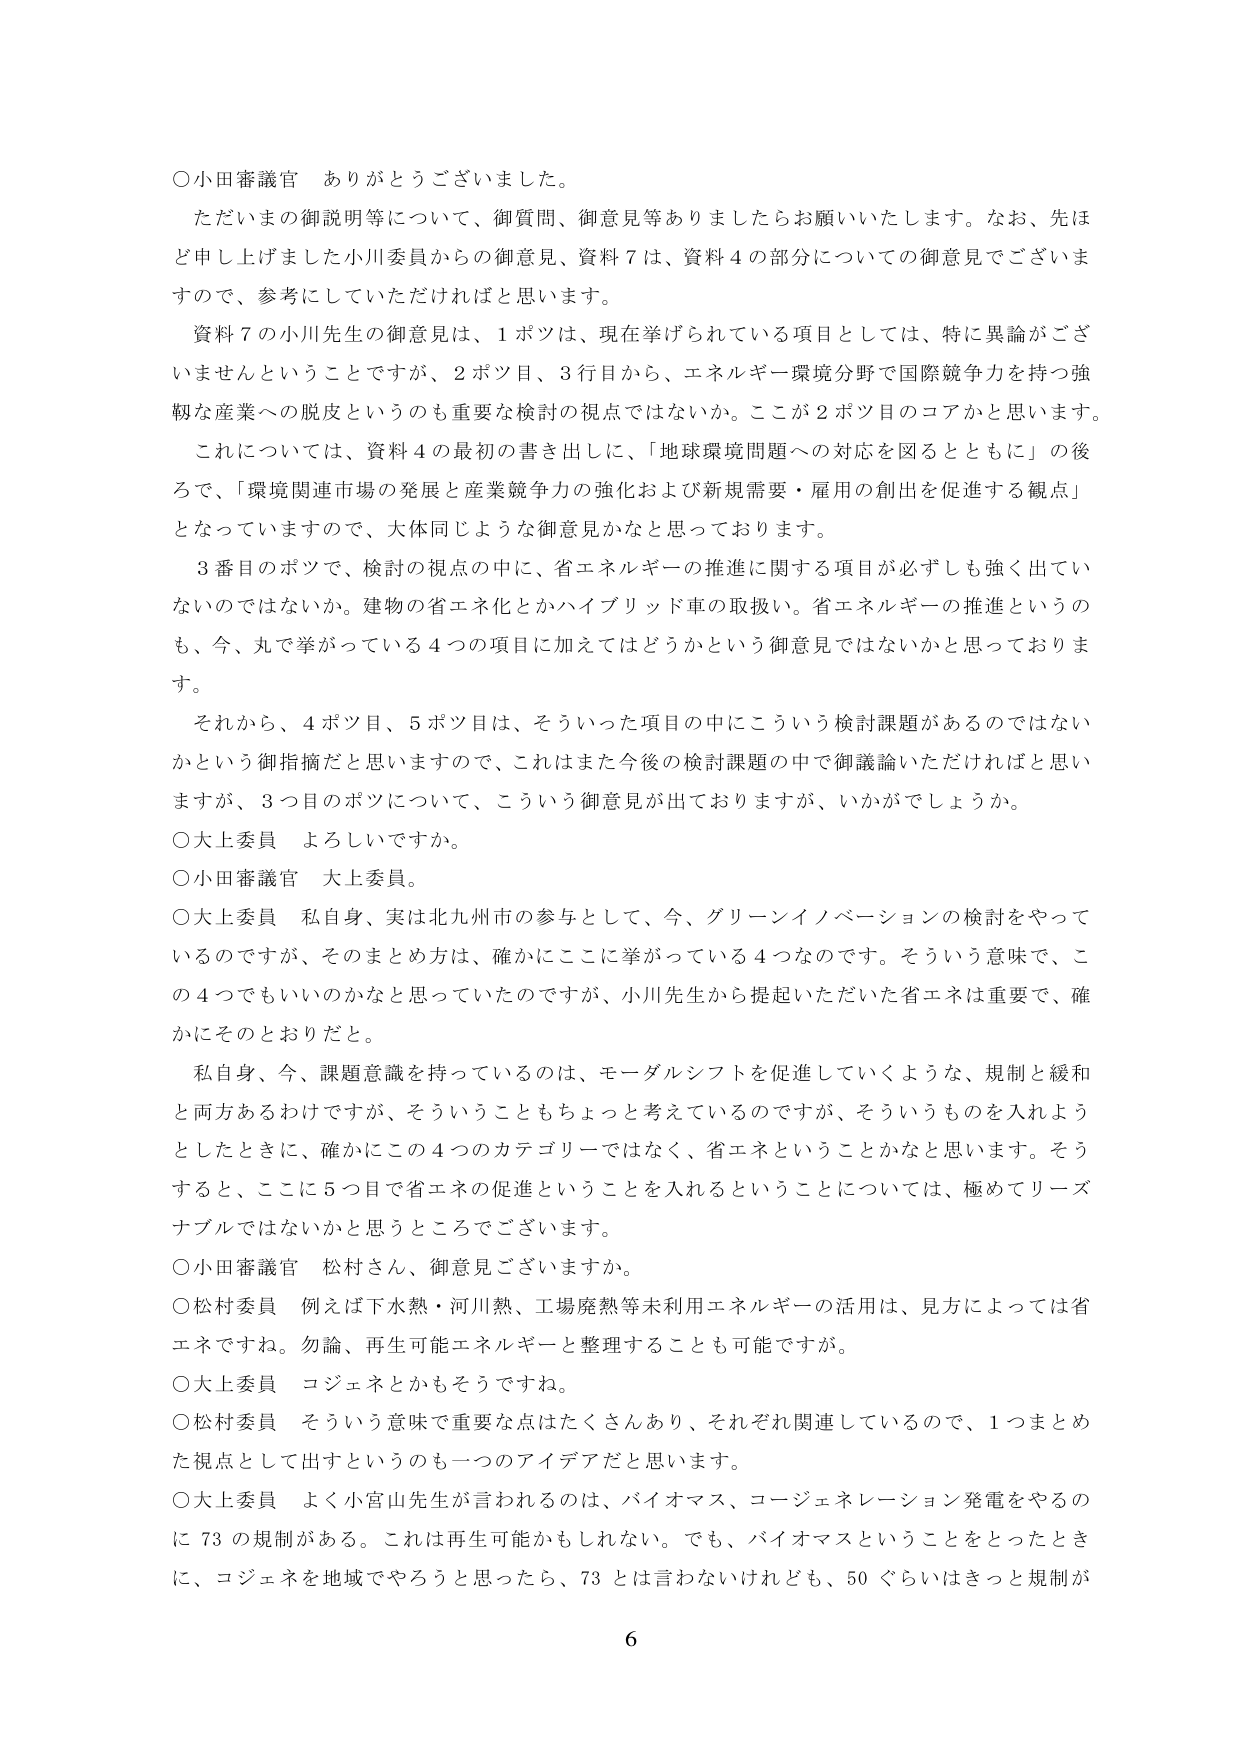
○小田審議官　ありがとうございました。

ただいまの御説明等について、御質問、御意見等ありましたらお願いいたします。なお、先ほど申し上げました小川委員からの御意見、資料７は、資料４の部分についての御意見でございますので、参考にしていただければと思います。

資料７の小川先生の御意見は、１ポツは、現在挙げられている項目としては、特に異論がございませんということですが、２ポツ目、３行目から、エネルギー環境分野で国際競争力を持つ強靭な産業への脱皮というのも重要な検討の視点ではないか。ここが２ポツ目のコアかと思います。

これについては、資料４の最初の書き出しに、「地球環境問題への対応を図るとともに」の後ろで、「環境関連市場の発展と産業競争力の強化および新規需要・雇用の創出を促進する観点」となっていますので、大体同じような御意見かなと思っております。

３番目のポツで、検討の視点の中に、省エネルギーの推進に関する項目が必ずしも強く出ていないのではないでしょうか。建物の省エネ化とかハイブリッド車の取扱い。省エネルギーの推進というのも、今、丸で挙がっている４つの項目に加えてはどうかという御意見ではないかと思っております。

それから、４ポツ目、５ポツ目は、そういった項目の中にこういう検討課題があるのではないかという御指摘だと思いますので、これはまた今後の検討課題の中で御議論いただければと思いますが、３つ目のポツについて、こういう御意見が出ておりますが、いかがでしょうか。

○大上委員　よろしいですか。

○小田審議官　大上委員。

○大上委員　私自身、実は北九州市の参与として、今、グリーンイノベーションの検討をやっているのですが、そのまとめ方は、確かにここに挙がっている４つなのです。そういう意味で、この４つでもいいのかなと思っていたのですが、小川先生から提起いただいた省エネは重要で、確かにそのとおりだと。

私自身、今、課題意識を持っているのは、モーダルシフトを促進していくような、規制と緩和と両方あるわけですが、そういうこともちょっと考えているのですが、そういうものを入れようとしたときに、確かにこの４つのカテゴリーではなく、省エネということかなと思います。そうすると、ここに５つ目で省エネの促進ということを入れるということについては、極めてリーズナブルではないかと思うところでございます。

○小田審議官　松村さん、御意見ございますか。

○松村委員　例えば下水熱・河川熱、工場廃熱等未利用エネルギーの活用は、見方によっては省エネですね。勿論、再生可能エネルギーと整理することも可能です。

○大上委員　コジェネとかもそうですか。

○松村委員　そういう意味で重要な点はたくさんあり、それぞれ関連しているので、１つまとめた視点として出すというのも一つのアイデアだと思います。

○大上委員　よく小宮山先生が言われるのは、バイオマス、コージェネレーション発電をやるのに７３の規制がある。これは再生可能かもしれない。でも、バイオマスということをとったときに、コジェネを地域でやろうと思ったら、７３とは言わないけれども、５０ぐらいはきっと規制が

6